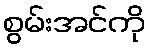
စွမ်းအင်ကို